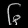
Digit: ၆